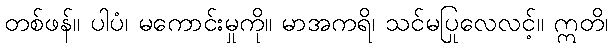
တစ်ဖန်။ ပါပံ၊ မကောင်းမှုကို။ မာအကရိ၊ သင်မပြုလေလင့်။ ဣတိ၊